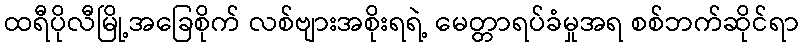
ထရီပိုလီမြို့အခြေစိုက် လစ်ဗျားအစိုးရရဲ့ မေတ္တာရပ်ခံမှုအရ စစ်ဘက်ဆိုင်ရာ